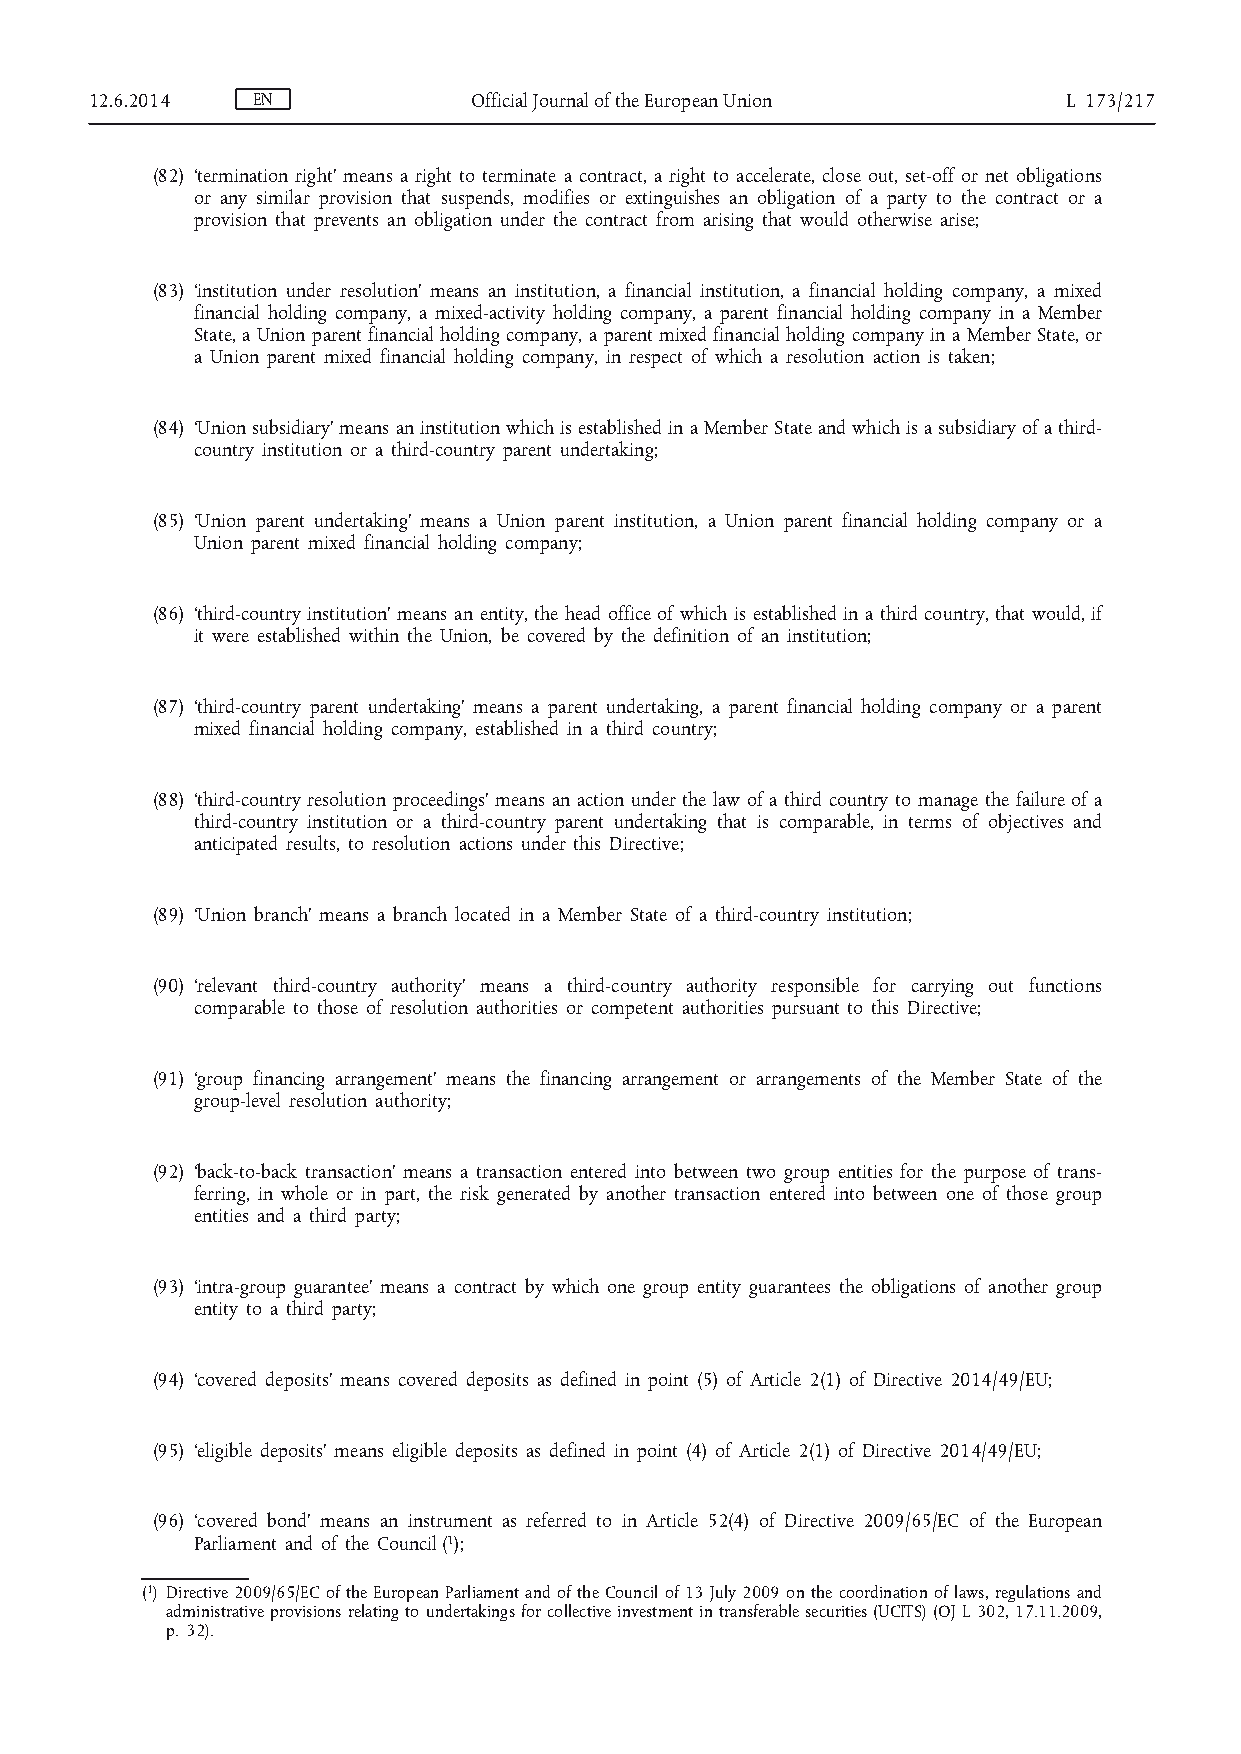
12.6.2014  EN            Official Journal of the European Union  L 173/217
 (82) ‘termination right’ means a right to terminate a contract, a right to accelerate, close out, set-off or net obligations
 or any similar provision that suspends, modifies or extinguishes an obligation of a party to the contract or a
 provision that prevents an obligation under the contract from arising that would otherwise arise;
 (83) ‘institution under resolution’ means an institution, a financial institution, a financial holding company, a mixed
 financial holding company, a mixed-activity holding company, a parent financial holding company in a Member
 State, a Union parent financial holding company, a parent mixed financial holding company in a Member State, or
 a Union parent mixed financial holding company, in respect of which a resolution action is taken;
 (84) ‘Union subsidiary’ means an institution which is established in a Member State and which is a subsidiary of a third-
 country institution or a third-country parent undertaking;
 (85) ‘Union parent undertaking’ means a Union parent institution, a Union parent financial holding company or a
 Union parent mixed financial holding company;
 (86) ‘third-country institution’ means an entity, the head office of which is established in a third country, that would, if
 it were established within the Union, be covered by the definition of an institution;
 (87) ‘third-country parent undertaking’ means a parent undertaking, a parent financial holding company or a parent
 mixed financial holding company, established in a third country;
 (88) ‘third-country resolution proceedings’ means an action under the law of a third country to manage the failure of a
 third-country institution or a third-country parent undertaking that is comparable, in terms of objectives and
 anticipated results, to resolution actions under this Directive;
 (89) ‘Union branch’ means a branch located in a Member State of a third-country institution;
 (90) ‘relevant third-country authority’ means a third-country authority responsible for carrying out functions
 comparable to those of resolution authorities or competent authorities pursuant to this Directive;
 (91) ‘group financing arrangement’ means the financing arrangement or arrangements of the Member State of the
 group-level resolution authority;
 (92) ‘back-to-back transaction’ means a transaction entered into between two group entities for the purpose of trans­
 ferring, in whole or in part, the risk generated by another transaction entered into between one of those group
 entities and a third party;
 (93) ‘intra-group guarantee’ means a contract by which one group entity guarantees the obligations of another group
 entity to a third party;
 (94) ‘covered deposits’ means covered deposits as defined in point (5) of Article 2(1) of Directive 2014/49/EU;
 (95) ‘eligible deposits’ means eligible deposits as defined in point (4) of Article 2(1) of Directive 2014/49/EU;
 (96) ‘covered bond’ means an instrument as referred to in Article 52(4) of Directive 2009/65/EC of the European
 Parliament and of the Council ( 1 );
 ( 1 ) Directive 2009/65/EC of the European Parliament and of the Council of 13 July 2009 on the coordination of laws, regulations and
 administrative provisions relating to undertakings for collective investment in transferable securities (UCITS) (OJ L 302, 17.11.2009,
 p. 32).